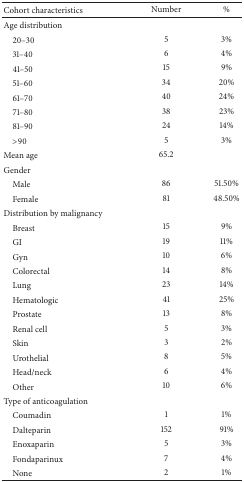
| Cohort characteristics | Number | % |
 | --- | --- | --- |
 | Age distribution |  |  |
 | 20–30 | 5 | 3% |
 | 31–40 | 6 | 4% |
 | 41–50 | 15 | 9% |
 | 51–60 | 34 | 20% |
 | 61–70 | 40 | 24% |
 | 71–80 | 38 | 23% |
 | 81–90 | 24 | 14% |
 | >90 | 5 | 3% |
 | Mean age | 65.2 |  |
 | Gender |  |  |
 | Male | 86 | 51.50% |
 | Female | 81 | 48.50% |
 | Distribution by malignancy |  |  |
 | Breast | 15 | 9% |
 | GI | 19 | 11% |
 | Gyn | 10 | 6% |
 | Colorectal | 14 | 8% |
 | Lung | 23 | 14% |
 | Hematologic | 41 | 25% |
 | Prostate | 13 | 8% |
 | Renal cell | 5 | 3% |
 | Skin | 3 | 2% |
 | Urothelial | 8 | 5% |
 | Head/neck | 6 | 4% |
 | Other | 10 | 6% |
 | Type of anticoagulation |  |  |
 | Coumadin | 1 | 1% |
 | Dalteparin | 152 | 91% |
 | Enoxaparin | 5 | 3% |
 | Fondaparinux | 7 | 4% |
 | None | 2 | 1% |